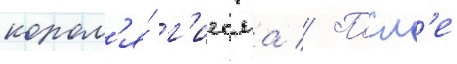
корол'я́ г'иесма // Посл'е